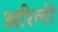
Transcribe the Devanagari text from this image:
अरिली